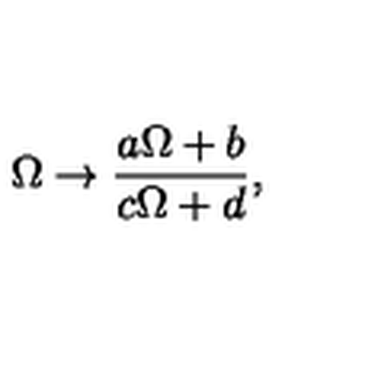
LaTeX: { \Omega \to { \frac { a \Omega + b } { c \Omega + d } } , }